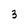
Character: 3